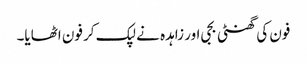
فون کی گھنٹی بجی اور زاہدہ نے لپک کر فون اٹھایا۔